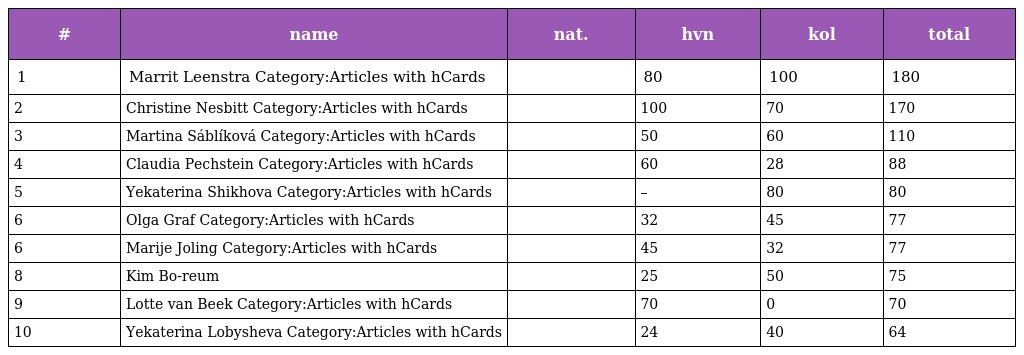
| # | name | nat. | hvn | kol | total |
 | --- | --- | --- | --- | --- | --- |
 | 1 | Marrit Leenstra Category:Articles with hCards |  | 80 | 100 | 180 |
 | 2 | Christine Nesbitt Category:Articles with hCards |  | 100 | 70 | 170 |
 | 3 | Martina Sáblíková Category:Articles with hCards |  | 50 | 60 | 110 |
 | 4 | Claudia Pechstein Category:Articles with hCards |  | 60 | 28 | 88 |
 | 5 | Yekaterina Shikhova Category:Articles with hCards |  | – | 80 | 80 |
 | 6 | Olga Graf Category:Articles with hCards |  | 32 | 45 | 77 |
 | 6 | Marije Joling Category:Articles with hCards |  | 45 | 32 | 77 |
 | 8 | Kim Bo-reum |  | 25 | 50 | 75 |
 | 9 | Lotte van Beek Category:Articles with hCards |  | 70 | 0 | 70 |
 | 10 | Yekaterina Lobysheva Category:Articles with hCards |  | 24 | 40 | 64 |